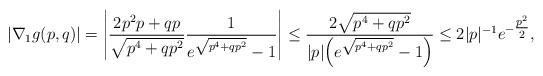
LaTeX: \begin{align*}|\nabla_1 g(p,q)| &= \left|\frac{2 p^2 p + q p}{\sqrt{p^4 + q p^2}} \frac{1}{e^{\sqrt{p^4 + q p^2}}-1} \right| \leq \frac{2 \sqrt{p^4 + q p^2}}{|p|\Big(e^{\sqrt{p^4 + q p^2}}-1\Big)} \leq 2 |p|^{-1} e^{-\tfrac{p^2}{2}},\end{align*}